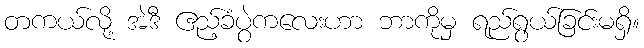
တကယ်လို့ အဲဒီ ဧည့်ခံပွဲကလေးဟာ ဘာကိုမှ ရည်ရွယ်ခြင်းမရှိ။